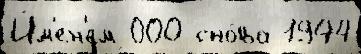
И́м'ен'ем 000 сно́ва 1944